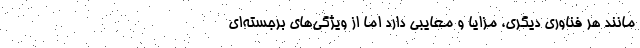
مانند هر فناوری دیگری، مزایا و معایبی دارد اما از ویژگی‌های برجسته‌ای